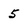
Character: 5